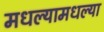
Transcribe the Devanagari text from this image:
मधल्यामधल्या